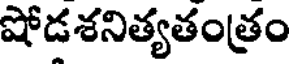
షోడశనిత్యతంత్రం